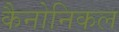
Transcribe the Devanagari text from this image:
कैनोनिकल